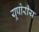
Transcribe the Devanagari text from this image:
यूपोरीय